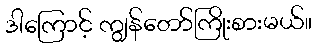
ဒါကြောင့် ကျွန်တော်ကြိုးစားမယ်။